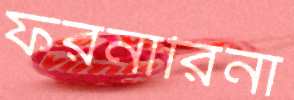
ফরনারিনা